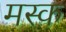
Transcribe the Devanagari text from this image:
मस्‍क